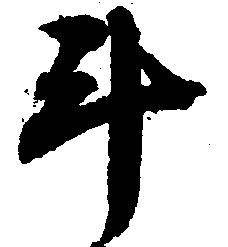
斗